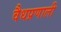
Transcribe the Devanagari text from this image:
वैधप्रणाली